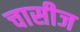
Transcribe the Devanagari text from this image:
चासीज